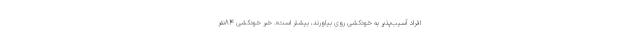
افراد آسیب‌پذیر به ‌خودکشی روی بیاورند، بیشتر است». خبر خودکشی 84نفر